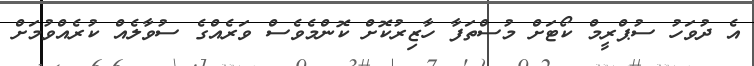
އެ ދުވަހު ސުޕްރީމް ކޯޓަށް މުސްތަފާ ހާޒިރުކޮށް ކޮންމެވެސް ވަރެއްގެ ސުވާލެއް ކުރެއްވުމަށް